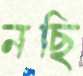
নছি